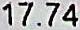
17.74